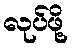
လုပ်ဖို့